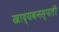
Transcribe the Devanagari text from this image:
खाद्यवनस्पती